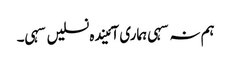
ہم نہ سہی ہماری آئیندہ نسلیں سہی۔